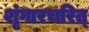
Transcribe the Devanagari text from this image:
शृंगारचरित्